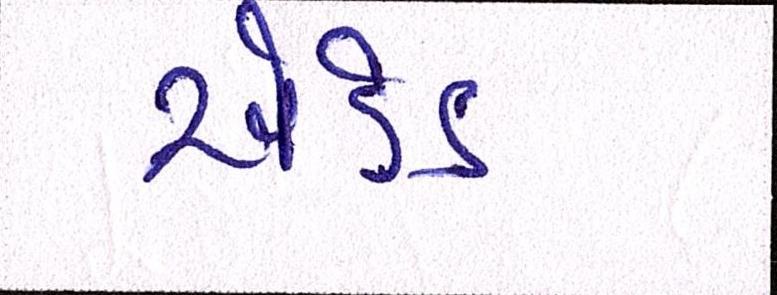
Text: એડેડ